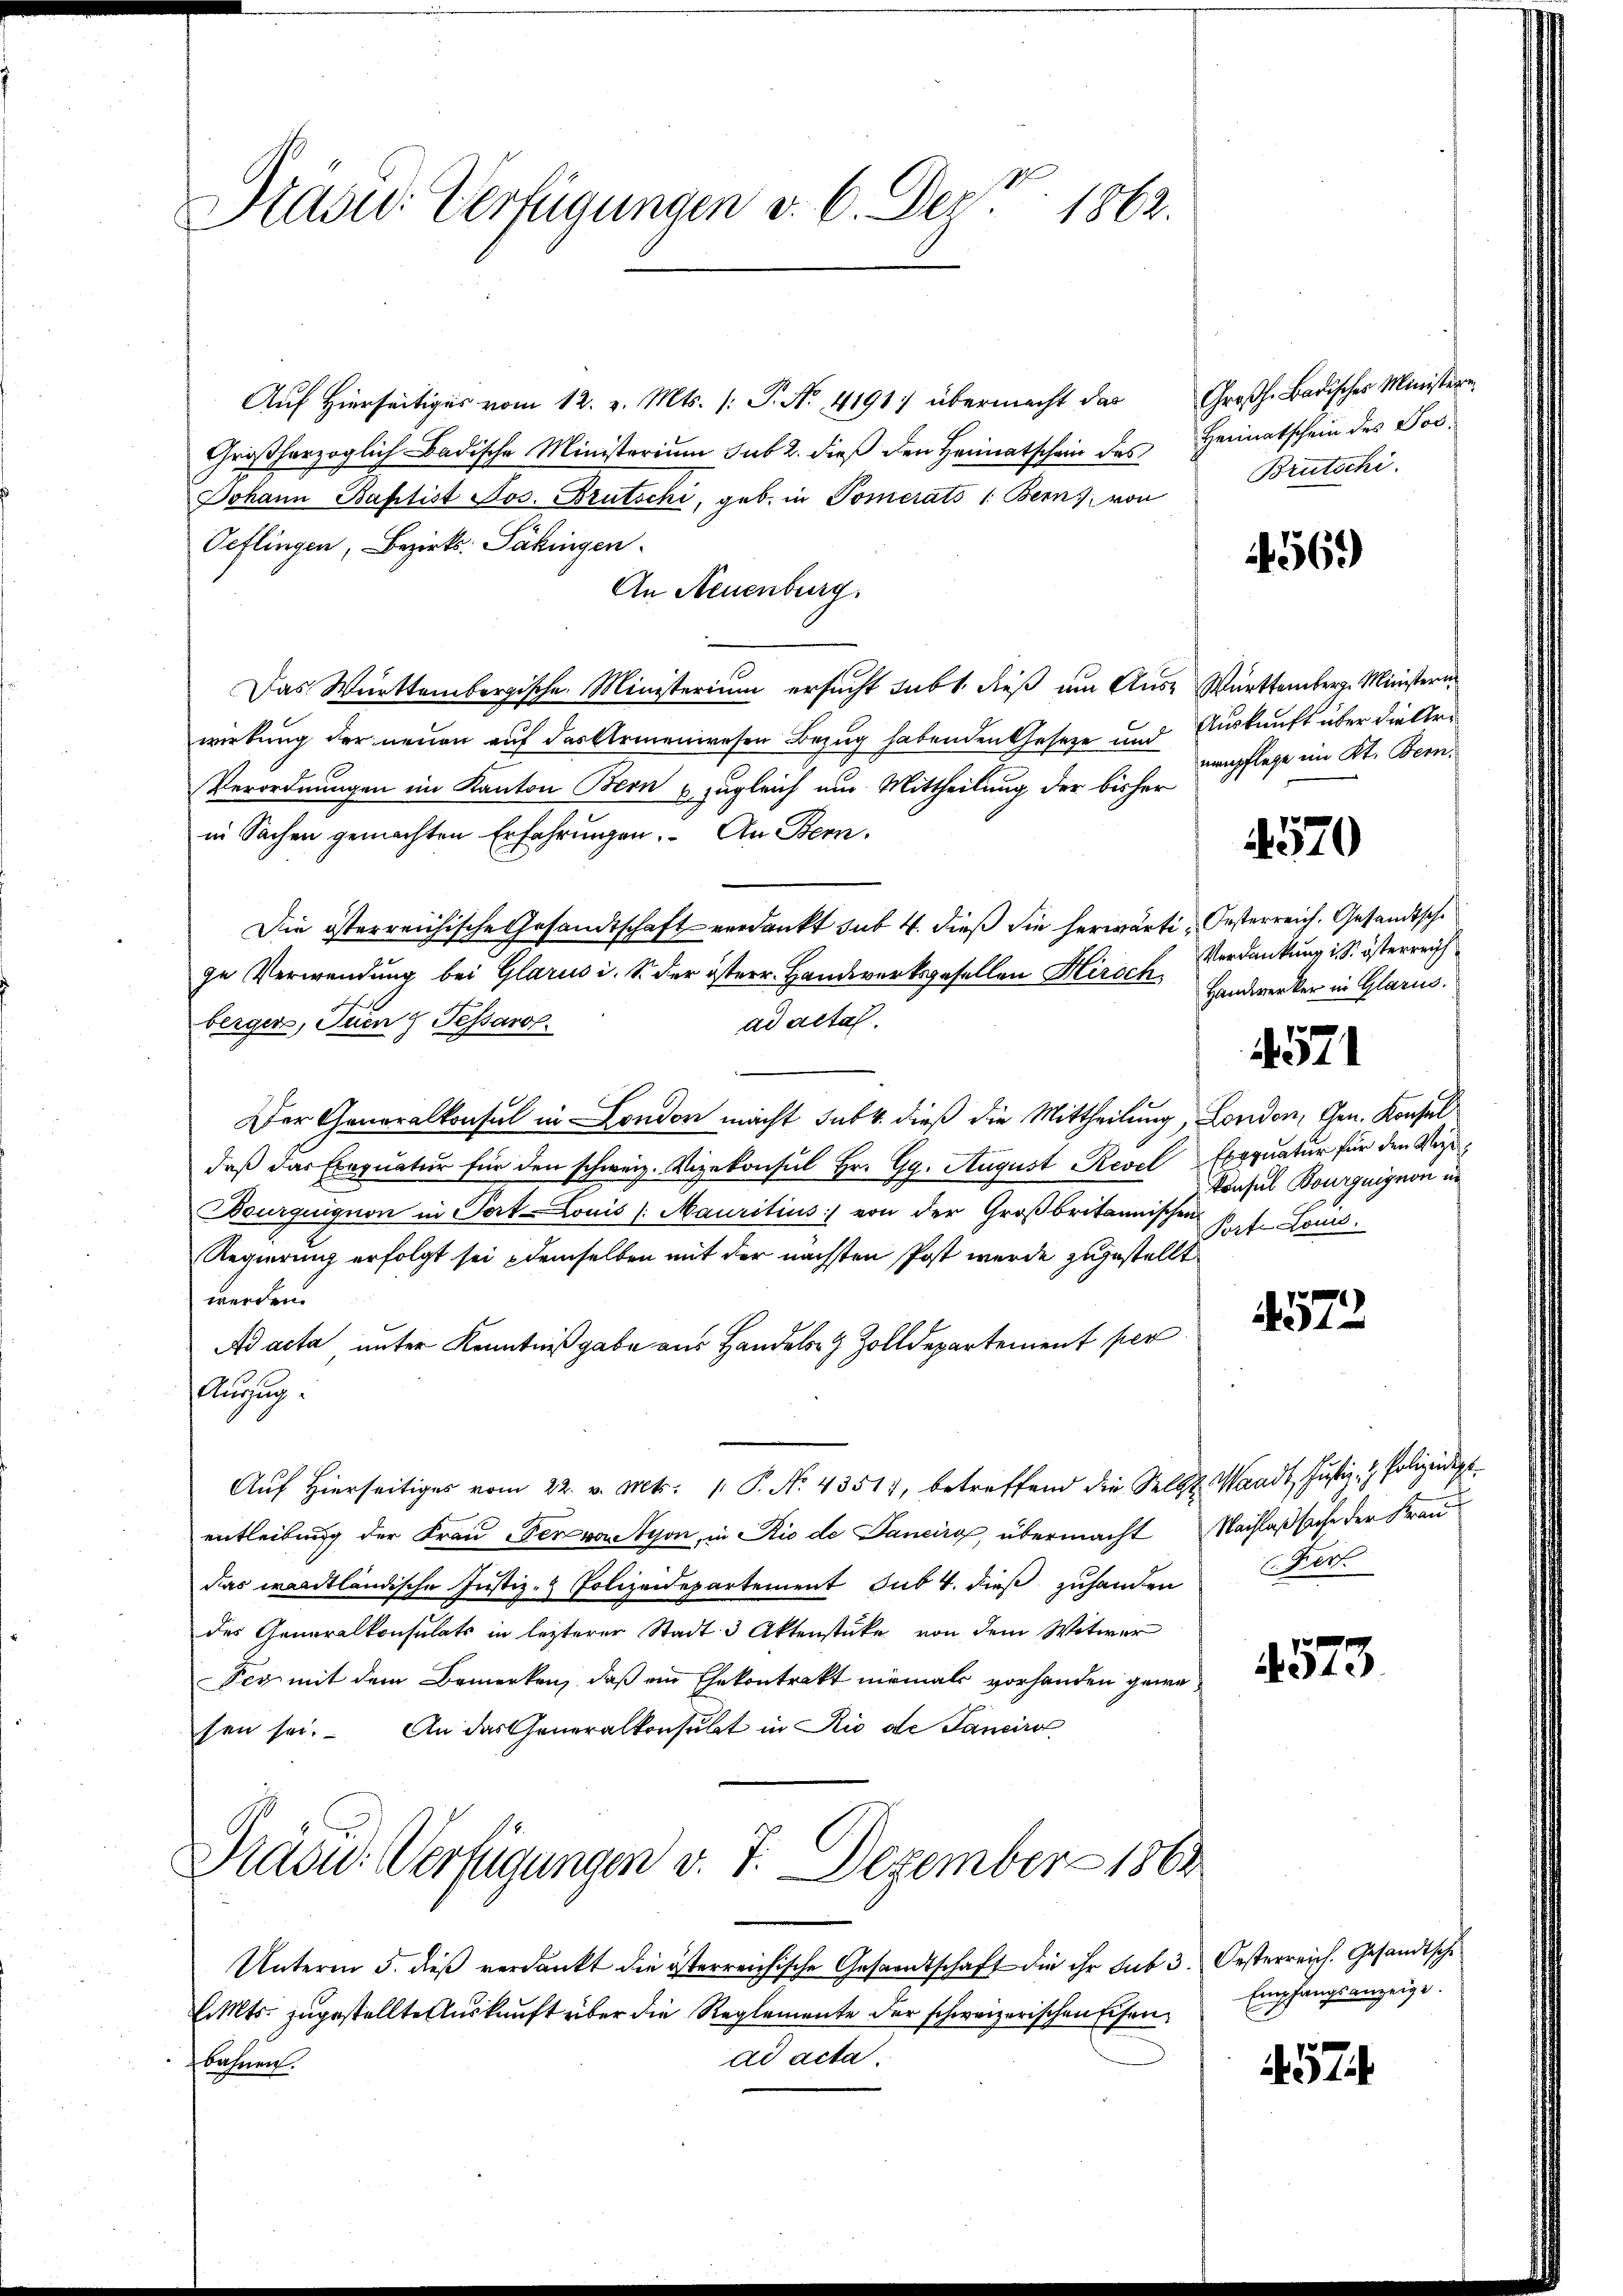
Prasw. Verfügungen v. 6. Dez. 1862.

Aŭf Hierseitiger vom 12. v. Mts. (: P. Nr. 4191) übermacht das Großh. Badisches Ministere
Großherzoglich-Badische Ministerium sub 2. dieß den Heimatschein des
Johann Baptist Jos. Brutschi, geb. in Pomerats 1. Bern, von
Oeflingen, Bezirks- Säkingen
An Neuenburg.
Das Württembergische Ministerium ersucht subt. dieß um Aus- Württemberg. Ministern
wirkung der neuen auf das Armenwesen Bezug habenden Geseze und Auskunft über die An¬
Verordnungen im Kanton Bern & zugleich um Mittheilung der bisher
in Sachen gemachten Erfahrungen. An Bern.
Die österreichische Gesandtschaft verdankt sub 4. dieß die herwärti, Gesterreich. Gesandtsche
ge Verwendung bei Glarus i. S. der österr. Handwerksgesellen Hirsch
bergers, tuen & Fessaro.
ad actal.
Der Generalkonsul in London macht sub. dieß die Mittheilung, London, Gen. Konsul
daß das Exequatur für den schweiz. Vizekonsul Hr. Gg. August Revel Exequatur für den Vize¬
Bourquignon in Port-Louis (Mauritius von der Großbritannischen Rat. Loui
Regierung erfolgt sei demselben mit der nächsten Post wurde zugestellt
werden.
Ad acta unter Kenntnißgabe aus Handels- & Zolldepartement per
Auzug.
Aŭf Hierseitiges vom 22. v. Mts. 1. P. No. 43517, betreffend die Selbst Waadt, Justiz- & Polizeidigt.
entleibung der Frau er von Nyon, in Rio de Janeirg, übermacht Nachlaßsache der Frau
Das wardtländische Justiz- & Polizeidepartement sub 4. dieß zuhanden
des Generalkonsulats in lezterer Stadt 3 Aktenstücke von dem Witwer

sen sei. An das Generalkonsulat in Rio de Janeiro
Präsid. Verfügungen v. 7. Dezember 1864
Unterm 5. dieβ verdankt die österreichische Gesamtschaft die ihr sub 3. Oesterreich. Gesandtsche
EMts. zugestellte Auskunft über die Reglemente der schweizerischen Eisendd acta.
bahnen.

Heimatschein des Jos.
Brutschi.

4569)

nepflege im Kt. Bern.

1570

Verdankung i. S. österreich
Handwerker in Glarus.
Konsul Bourguignon in

4571

4572

Fert

Empfangsanzeige.

457